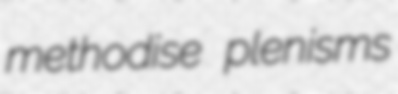
methodise plenisms